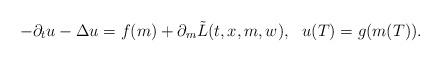
LaTeX: \begin{align*}-\partial_t u - \Delta u = f(m) + \partial_m \tilde{L}(t,x,m,w), ~~ u(T) = g(m(T)).\end{align*}